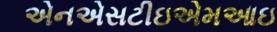
એનએસટીઇએમઆઇ